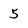
Character: 5